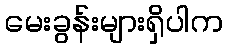
မေးခွန်းများရှိပါက